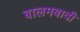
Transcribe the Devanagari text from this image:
बालमबादी